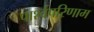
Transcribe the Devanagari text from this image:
पार्श्वपरिणाम